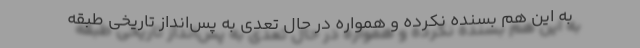
به این هم بسنده نکرده و همواره در حال تعدی به پس‌انداز تاریخی طبقه